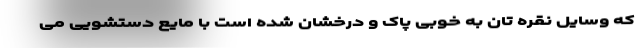
که وسایل نقره تان به خوبی پاک و درخشان شده است با مایع دستشویی می